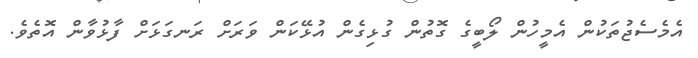
އެމެސެޖުތަކުން އެމީހުން ލޯބީގެ ގޮތުން ގުޅިގެން އުޅޭކަން ވަރަށް ރަނގަޅަށް ފާޅުވާން އޮތެވެ.